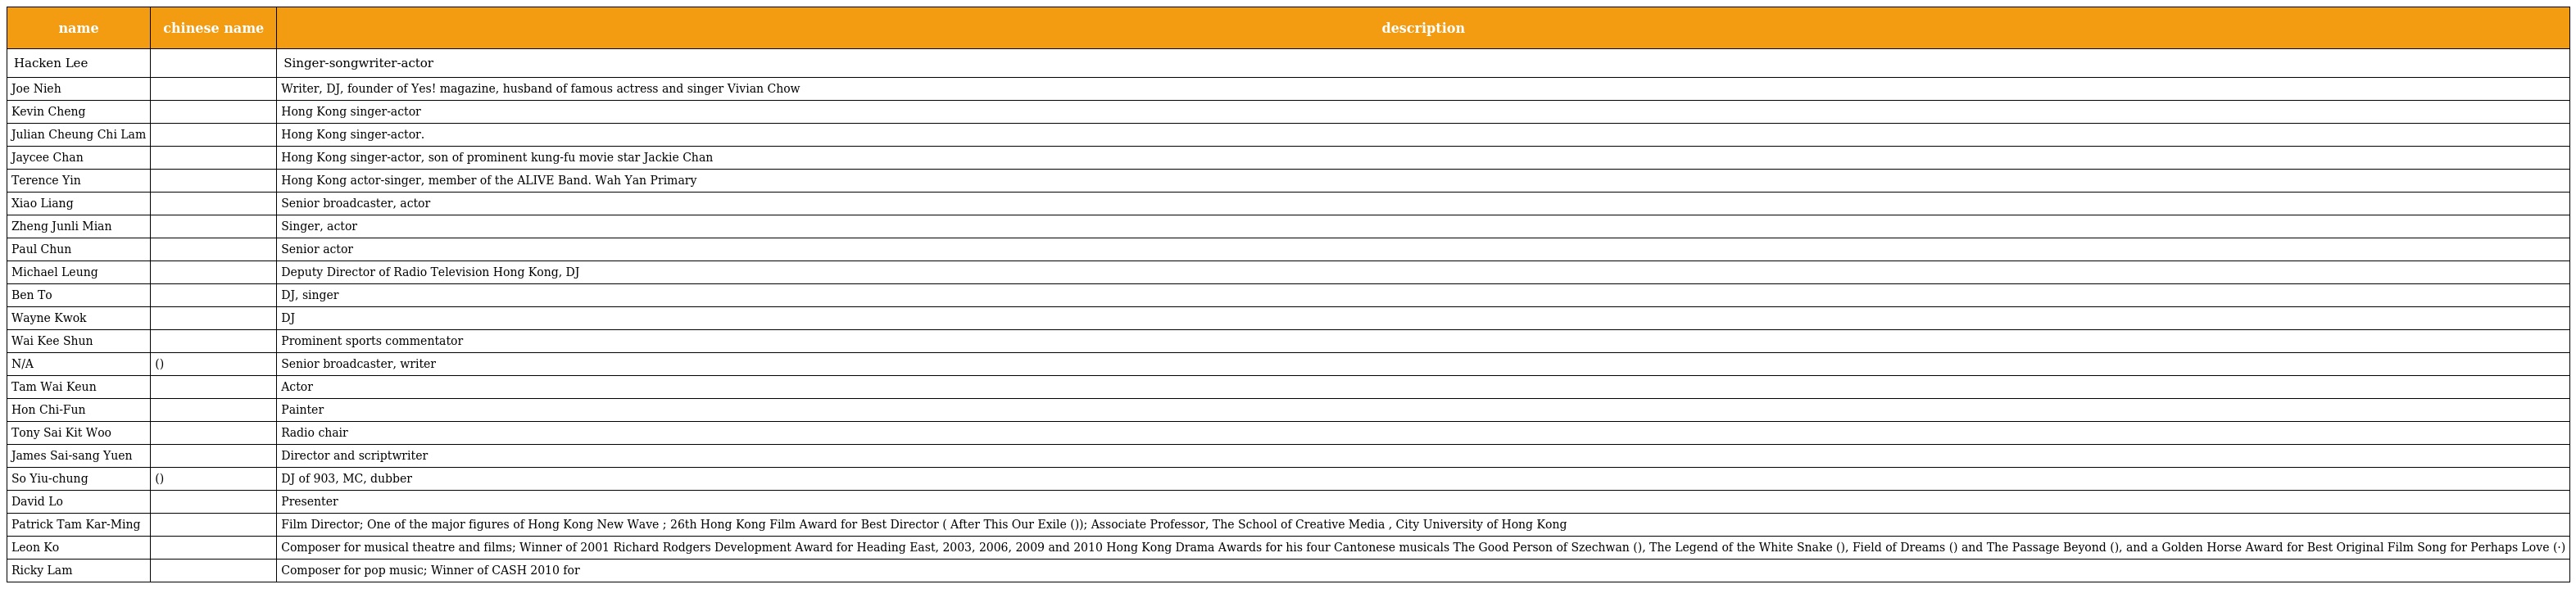
| name | chinese name | description |
 | --- | --- | --- |
 | Hacken Lee | 李克勤 | Singer-songwriter-actor |
 | Joe Nieh | 倪震 | Writer, DJ, founder of Yes! magazine, husband of famous actress and singer Vivian Chow |
 | Kevin Cheng | 鄭嘉穎 | Hong Kong singer-actor |
 | Julian Cheung Chi Lam | 張智霖 | Hong Kong singer-actor. |
 | Jaycee Chan | 房祖名 | Hong Kong singer-actor, son of prominent kung-fu movie star Jackie Chan |
 | Terence Yin | 尹子維 | Hong Kong actor-singer, member of the ALIVE Band. Wah Yan Primary |
 | Xiao Liang | 蕭亮 | Senior broadcaster, actor |
 | Zheng Junli Mian | 鄭君綿 | Singer, actor |
 | Paul Chun | 秦沛 | Senior actor |
 | Michael Leung | 梁繼璋 | Deputy Director of Radio Television Hong Kong, DJ |
 | Ben To | 杜浚斌 | DJ, singer |
 | Wayne Kwok | 郭偉安 | DJ |
 | Wai Kee Shun | 韋基舜 | Prominent sports commentator |
 | N/A | 李我(李晚景) | Senior broadcaster, writer |
 | Tam Wai Keun | 譚偉權 | Actor |
 | Hon Chi-Fun | 韓志勳 | Painter |
 | Tony Sai Kit Woo | 胡世傑 | Radio chair |
 | James Sai-sang Yuen | 阮世生 | Director and scriptwriter |
 | So Yiu-chung | 蘇耀宗(細蘇) | DJ of 903, MC, dubber |
 | David Lo | 盧大偉 | Presenter |
 | Patrick Tam Kar-Ming | 譚家明 | Film Director; One of the major figures of Hong Kong New Wave ; 26th Hong Kong Film Award for Best Director ( After This Our Exile (父子)); Associate Professor, The School of Creative Media , City University of Hong Kong |
 | Leon Ko | 高世章 | Composer for musical theatre and films; Winner of 2001 Richard Rodgers Development Award for Heading East, 2003, 2006, 2009 and 2010 Hong Kong Drama Awards for his four Cantonese musicals The Good Person of Szechwan (四川好人), The Legend of the White Snake (白蛇新傳), Field of Dreams (頂頭鎚) and The Passage Beyond (一屋寶貝), and a Golden Horse Award for Best Original Film Song for Perhaps Love (如果·愛) |
 | Ricky Lam | 林立基 | Composer for pop music; Winner of CASH 2010 for 第五季 |